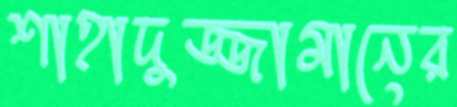
শাহাদুজ্জামানের